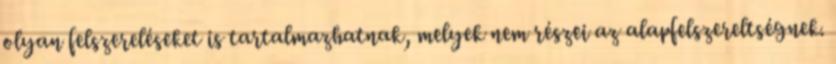
olyan felszereléseket is tartalmazhatnak, melyek nem részei az alapfelszereltségnek.